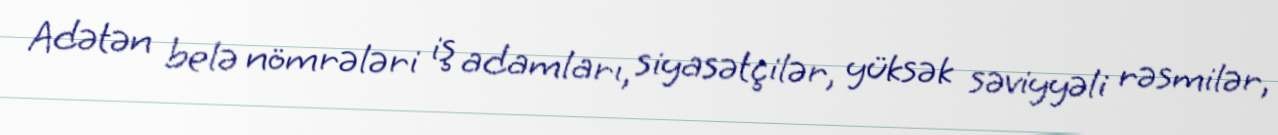
Adətən belə nömrələri iş adamları, siyasətçilər, yüksək səviyyəli rəsmilər,